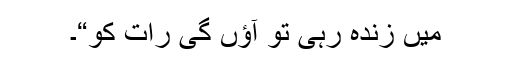
میں زندہ رہی تو آؤں گی رات کو“۔